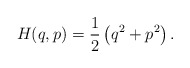
\begin{align*}H(q,p)={1\over2}\left(q^2+p^2\right).\end{align*}